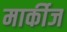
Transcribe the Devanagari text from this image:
मार्कीज